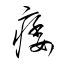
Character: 痿